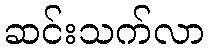
ဆင်းသက်လာ